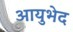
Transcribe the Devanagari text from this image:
आयुभेद